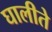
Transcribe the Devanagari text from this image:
घालीते